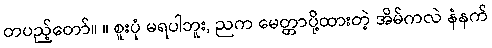
တပည့်တော်။ ။ စူးပုံ မရပါဘူး, ညက မေတ္တာပို့ထားတဲ့ အိမ်ကလဲ နံနက်